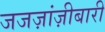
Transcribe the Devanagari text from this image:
जजज़ांज़ीबारी